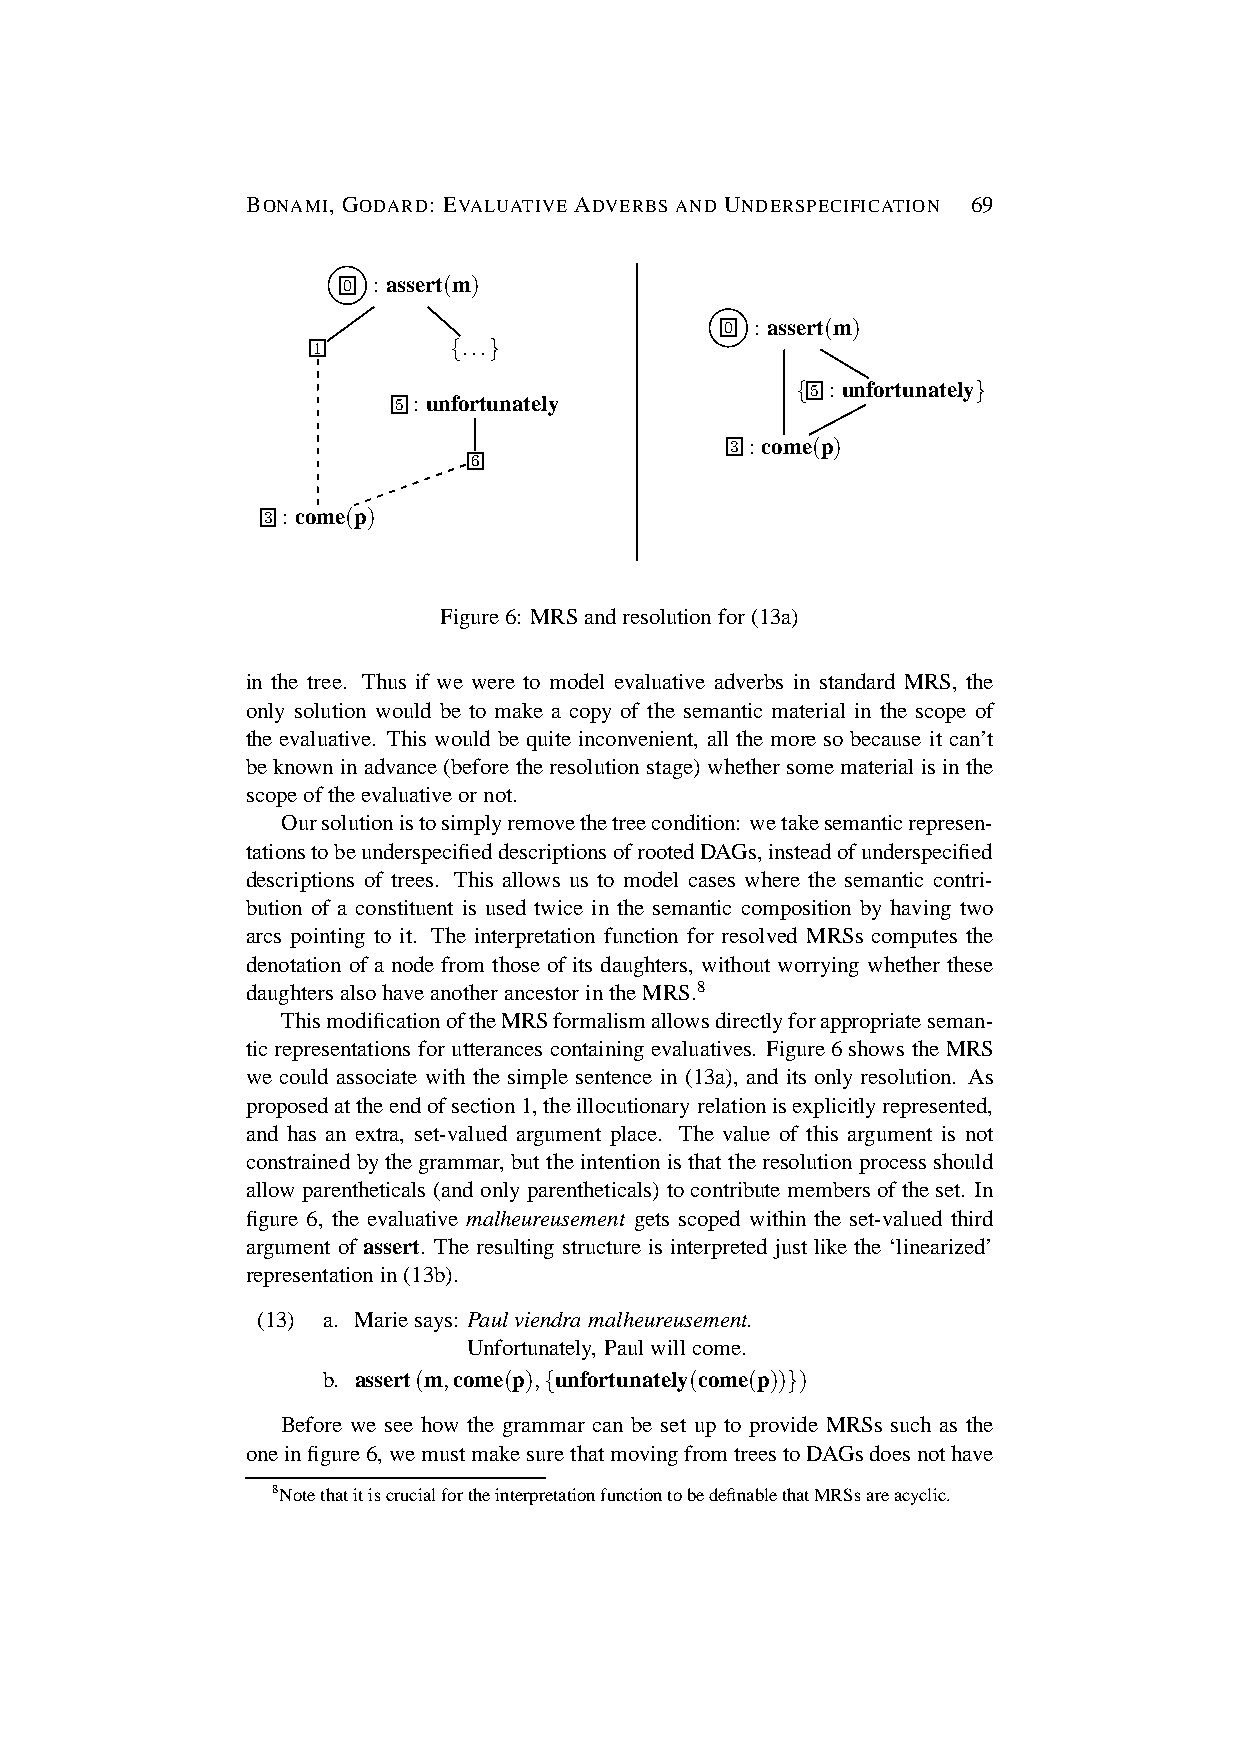
BONAMI, GODARD: EVALUATIVE ADVERBS AND UNDERSPECIFICATION 69
 0 : assert(m)
 0 : assert(m)
 1        {...}
 {5 : unfortunately}
 5 :unfortunately
 3 :come(p)
 6
 3 : come(p)
 Figure6: MRSandresolution for(13a)
 in the tree. Thus if we were to model evaluative adverbs in standard MRS, the
 only solution would be to make a copy of the semantic material in the scope of
 the evaluative. This would be quite inconvenient, all the more so because it can’t
 beknowninadvance (before theresolution stage) whethersomematerial isinthe
 scopeoftheevaluativeornot.
 Oursolutionistosimplyremovethetreecondition: wetakesemanticrepresen-
 tationstobeunderspecifieddescriptionsofrootedDAGs,insteadofunderspecified
 descriptions of trees. This allows us to model cases where the semantic contri-
 bution of a constituent is used twice in the semantic composition by having two
 arcs pointing to it. The interpretation function for resolved MRSs computes the
 denotation of a node from those of its daughters, without worrying whether these
 daughters alsohaveanother ancestorintheMRS.8
 ThismodificationoftheMRSformalismallowsdirectlyforappropriateseman-
 ticrepresentations for utterances containing evaluatives. Figure6shows the MRS
 we could associate with the simple sentence in (13a), and its only resolution. As
 proposedattheendofsection1,theillocutionary relationisexplicitlyrepresented,
 and has an extra, set-valued argument place. The value of this argument is not
 constrained bythegrammar, buttheintention isthattheresolution process should
 allowparentheticals (andonly parentheticals) tocontribute membersoftheset. In
 figure 6, the evaluative malheureusement gets scoped within the set-valued third
 argument of assert. The resulting structure is interpreted just like the ‘linearized’
 representation in(13b).
 (13) a. Mariesays: Paulviendramalheureusement.
 Unfortunately, Paulwillcome.
 b. assert(m,come(p),{unfortunately(come(p))})
 Before we see how the grammar can be set up to provide MRSs such as the
 oneinfigure6,wemustmakesurethatmovingfromtreestoDAGsdoesnothave
 8NotethatitiscrucialfortheinterpretationfunctiontobedefinablethatMRSsareacyclic.